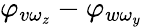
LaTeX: \varphi_{v\omega_{z}}-\varphi_{w\omega_{y}}